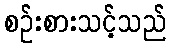
စဉ်းစားသင့်သည်